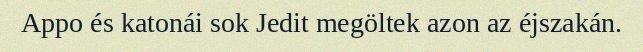
Appo és katonái sok Jedit megöltek azon az éjszakán.